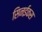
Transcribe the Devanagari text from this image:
सिनईकस